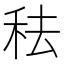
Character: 𥞋